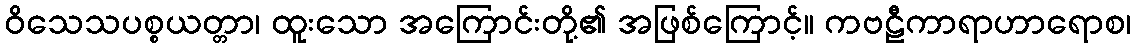
ဝိသေသပစ္စယတ္တာ၊ ထူးသော အကြောင်းတို့၏ အဖြစ်ကြောင့်။ ကဗဠီကာရာဟာရောစ၊